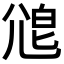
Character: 𡯱